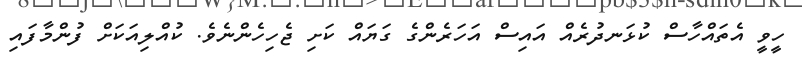
ހީވީ އެތައްހާސް ކުޅަނދުރެއް އައިސް އަހަރެންގެ ގަޔައް ކަށި ޖެހިހެންނެވެ. ކުއްލިއަކަށް ފުންމާފައި